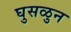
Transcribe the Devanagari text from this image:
घुसळुन